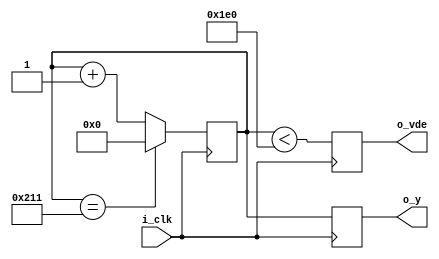
module vsync (
    input  i_clk,
    output reg o_vde,
    output reg [9:0] o_y
);

localparam vactive      = 480;
localparam vback_porch  = 20;
localparam vsync_len    = 10;
localparam vfront_porch = 20;

localparam maxcount  = vactive + vfront_porch + vsync_len + vback_porch;
localparam syncstart = vactive + vfront_porch;
localparam syncend   = syncstart + vsync_len;

reg [9:0] counter = 0;

always @(posedge i_clk) begin
    if (counter == maxcount - 1)
        counter <= 0;
    else
        counter <= counter + 1'b1;

    o_y     <= counter[9:0];
    o_vde   <= (counter < vactive);
end

endmodule